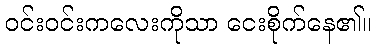
ဝင်းဝင်းကလေးကိုသာ ငေးစိုက်နေ၏။